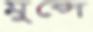
মুন্সে